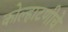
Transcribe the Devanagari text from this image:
कोल्हाटणीचे